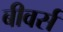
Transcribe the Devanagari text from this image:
बीवर्स